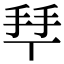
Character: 𢫶